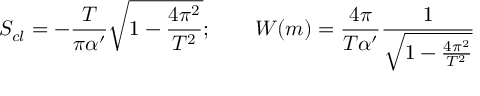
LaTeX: S _ { c l } = - \frac { T } { \pi \alpha ^ { \prime } } { \sqrt { 1 - \frac { 4 \pi ^ { 2 } } { T ^ { 2 } } } } ; \qquad W ( m ) = \frac { 4 \pi } { T \alpha ^ { \prime } } \frac { 1 } { \sqrt { 1 - \frac { 4 \pi ^ { 2 } } { T ^ { 2 } } } }